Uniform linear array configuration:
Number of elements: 16
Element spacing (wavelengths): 0.5
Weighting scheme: blackman
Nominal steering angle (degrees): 60
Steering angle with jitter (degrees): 61.356
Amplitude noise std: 0.05
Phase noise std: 0.05

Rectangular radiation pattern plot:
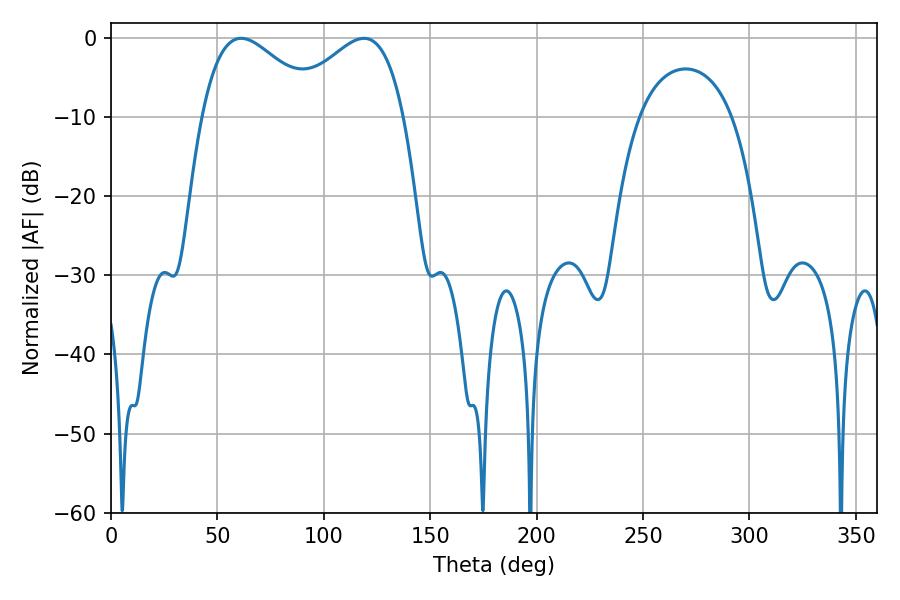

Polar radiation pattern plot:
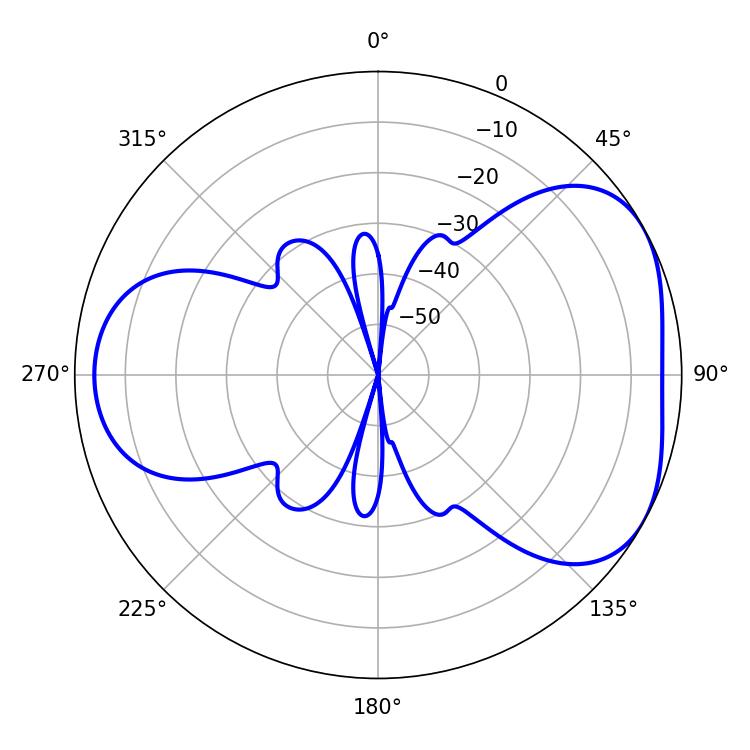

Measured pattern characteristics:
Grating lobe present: FALSE
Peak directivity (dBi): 4.431
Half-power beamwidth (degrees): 30.24
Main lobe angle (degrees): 61.2